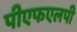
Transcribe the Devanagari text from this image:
पीएफएलपी